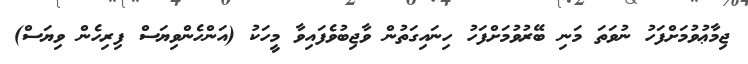
ޖިމާޢުވުމަށްފަހު ނުވަތަ މަނި ބޭރުވުމަށްފަހު ހިނައިގަތުން ވާޖިބުވެފައިވާ މީހަކު (އަންހެންވިޔަސް ފިރިހެން ވިޔަސް)